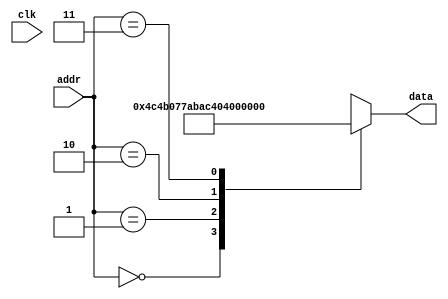
module ROM (clk, addr, data);
	input clk;
	input [1:0] addr;
	output reg [26:0] data;
	
	always @(*)
	begin
		case(addr)
			2'b00: data <= 27'b0;
			2'b01: data <= 27'b001001100_010010110_000011101;
			2'b10: data <= 27'b111010101_110101100_010000000;
			2'b11: data <= 27'b010000000_110010101_111101100;
		endcase
	end
endmodule